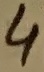
Text: 4